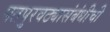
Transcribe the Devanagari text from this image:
पतपुरवठ्यासंबंधीची